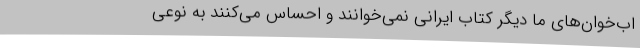
اب‌خوان‌های ما دیگر کتاب ایرانی نمی‌خوانند و احساس می‌کنند به نوعی